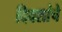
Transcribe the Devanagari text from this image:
दिवशांचे